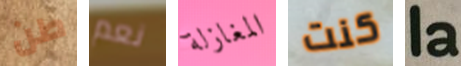
طن نعم المغازلة كنت la